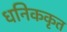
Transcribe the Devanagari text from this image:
धनिककृत